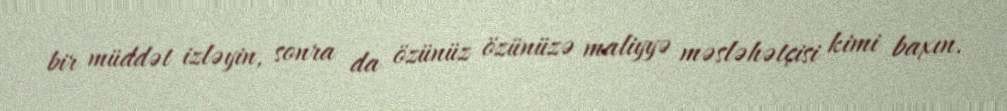
bir müddət izləyin, sonra da özünüz özünüzə maliyyə məsləhətçisi kimi baxın.